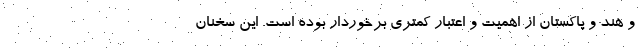
و هند و پاکستان از اهمیت و اعتبار کمتری برخوردار بوده است. این سخنان